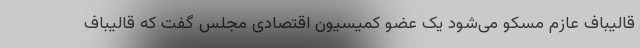
قالیباف عازم مسکو می‌شود یک عضو کمیسیون اقتصادی مجلس گفت که قالیباف